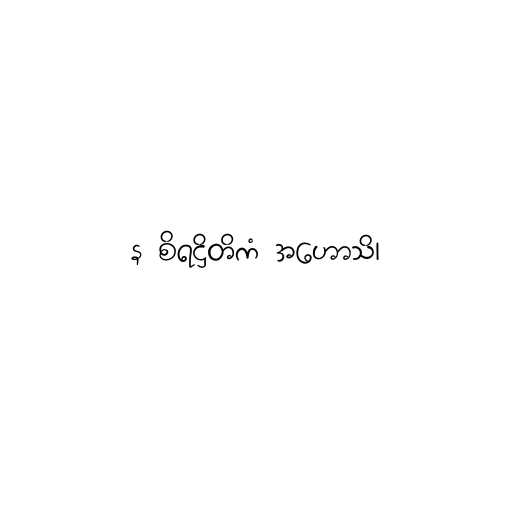
န စိရဋ္ဌိတိကံ အဟောသိ၊